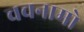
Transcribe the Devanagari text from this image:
चचनामो